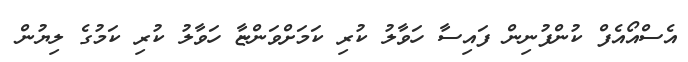
އެސްއޯއެފް ކުންފުނިން ފައިސާ ހަވާލު ކުރި ކަމަށްވަންޏާ ހަވާލު ކުރި ކަމުގެ ލިޔުން